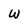
Character: W